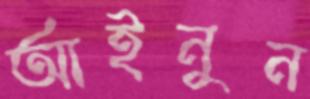
আইনুন